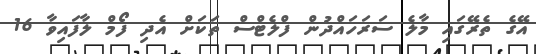
އޭގެ ތެރޭގައި މާލެ ސަރަހައްދުން ފްލެޓްސް ތަކަށް އެދި ފޯމް ލާފައިވާ 16